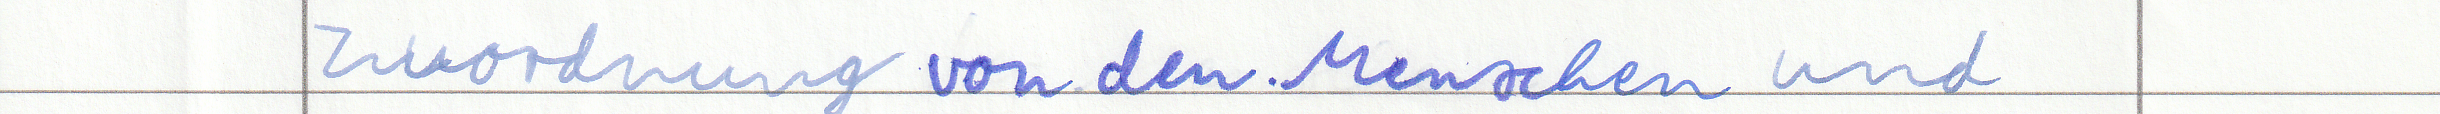
Zuordnung von den Menschen und